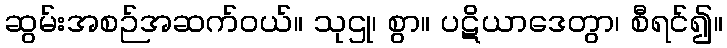
ဆွမ်းအစဉ်အဆက်ဝယ်။ သုဌု၊ စွာ။ ပဋိယာဒေတွာ၊ စီရင်၍။